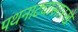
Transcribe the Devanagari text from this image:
पथनाट्यासारखे